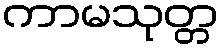
ကာမသုတ္တ